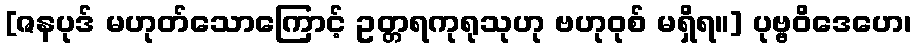
[ဇနပုဒ် မဟုတ်သောကြောင့် ဥတ္တရကုရုသုဟု ဗဟုဝုစ် မရှိရ။] ပုဗ္ဗဝိဒေဟေ၊